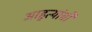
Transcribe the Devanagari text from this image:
आहुत्यांची